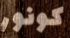
كونور